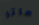
ماتر